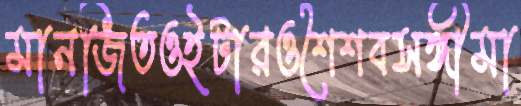
মানজিতওইটারওশৈশবসঙ্গীমা